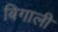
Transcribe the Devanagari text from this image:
बिगाली